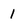
Character: 1